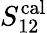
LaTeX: S_{12}^{\mathrm{cal}}